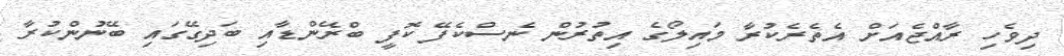
ދިވެހި ރާއްޖެއަށް އެތެރެކުރާ މައިލޯގެ އިތުރުން ނެސްކެފޭ ކޮފީ ބްރޭންޑާއި ބަދިގޭގައި ބޭނުންކުރާ